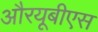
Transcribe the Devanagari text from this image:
औरयूबीएस